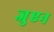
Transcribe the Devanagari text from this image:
जुएन